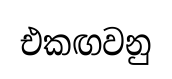
එකඟවනු